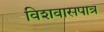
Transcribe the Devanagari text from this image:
विशवासपात्र